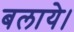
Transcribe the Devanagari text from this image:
बलाये।